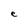
Character: e